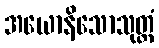
အယောနိသောသုတ္တံ